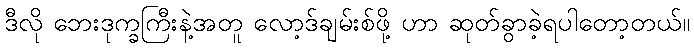
ဒီလို ဘေးဒုက္ခကြီးနဲ့အတူ လော့ဒ်ချမ်းစ်ဖို့ ဟာ ဆုတ်ခွာခဲ့ရပါတော့တယ်။